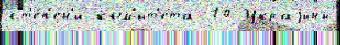
ст'е́п'ен'и ком'ит'е́та 10 Украjины